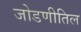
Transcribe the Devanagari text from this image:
जोडणीतिल